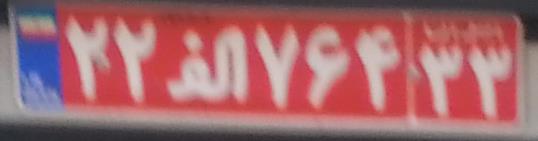
۲۲ا۷۶۴۳۳